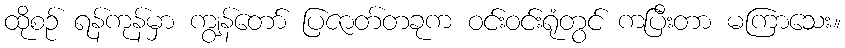
ထိုစဉ် ရန်ကုန်မှာ ကျွန်တော် ပြဇာတ်တခုက ဝင်းဝင်းရုံတွင် ကပြီးတာ မကြာသေး။